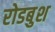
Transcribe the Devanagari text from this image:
रोडबुश